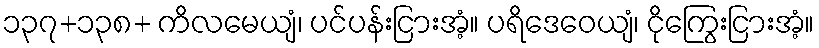
၁၃၇+၁၃၈+ ကိလမေယျံ၊ ပင်ပန်းငြားအံ့။ ပရိဒေဝေယျံ၊ ငိုကြွေးငြားအံ့။